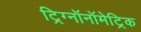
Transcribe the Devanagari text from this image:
ट्रिग्नॉनॉमेट्रिक